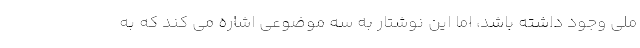
ملی وجود داشته باشد، اما این نوشتار به سه موضوعی اشاره می کند که به